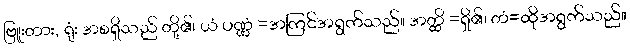
ဗြူးတား, ရုံး အစရှိသည် တို့၏၊ ယံ ပဏ္ဏံ =အကြင်အရွက်သည်။ အတ္ထိ =ရှိ၏၊ တံ=ထိုအရွက်သည်။